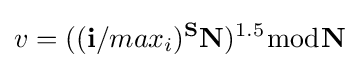
v=((\mathbf {i} /max_{i})^{\mathbf {S} }\mathbf {N} )^{1.5}{\bmod {\mathbf {N} }}